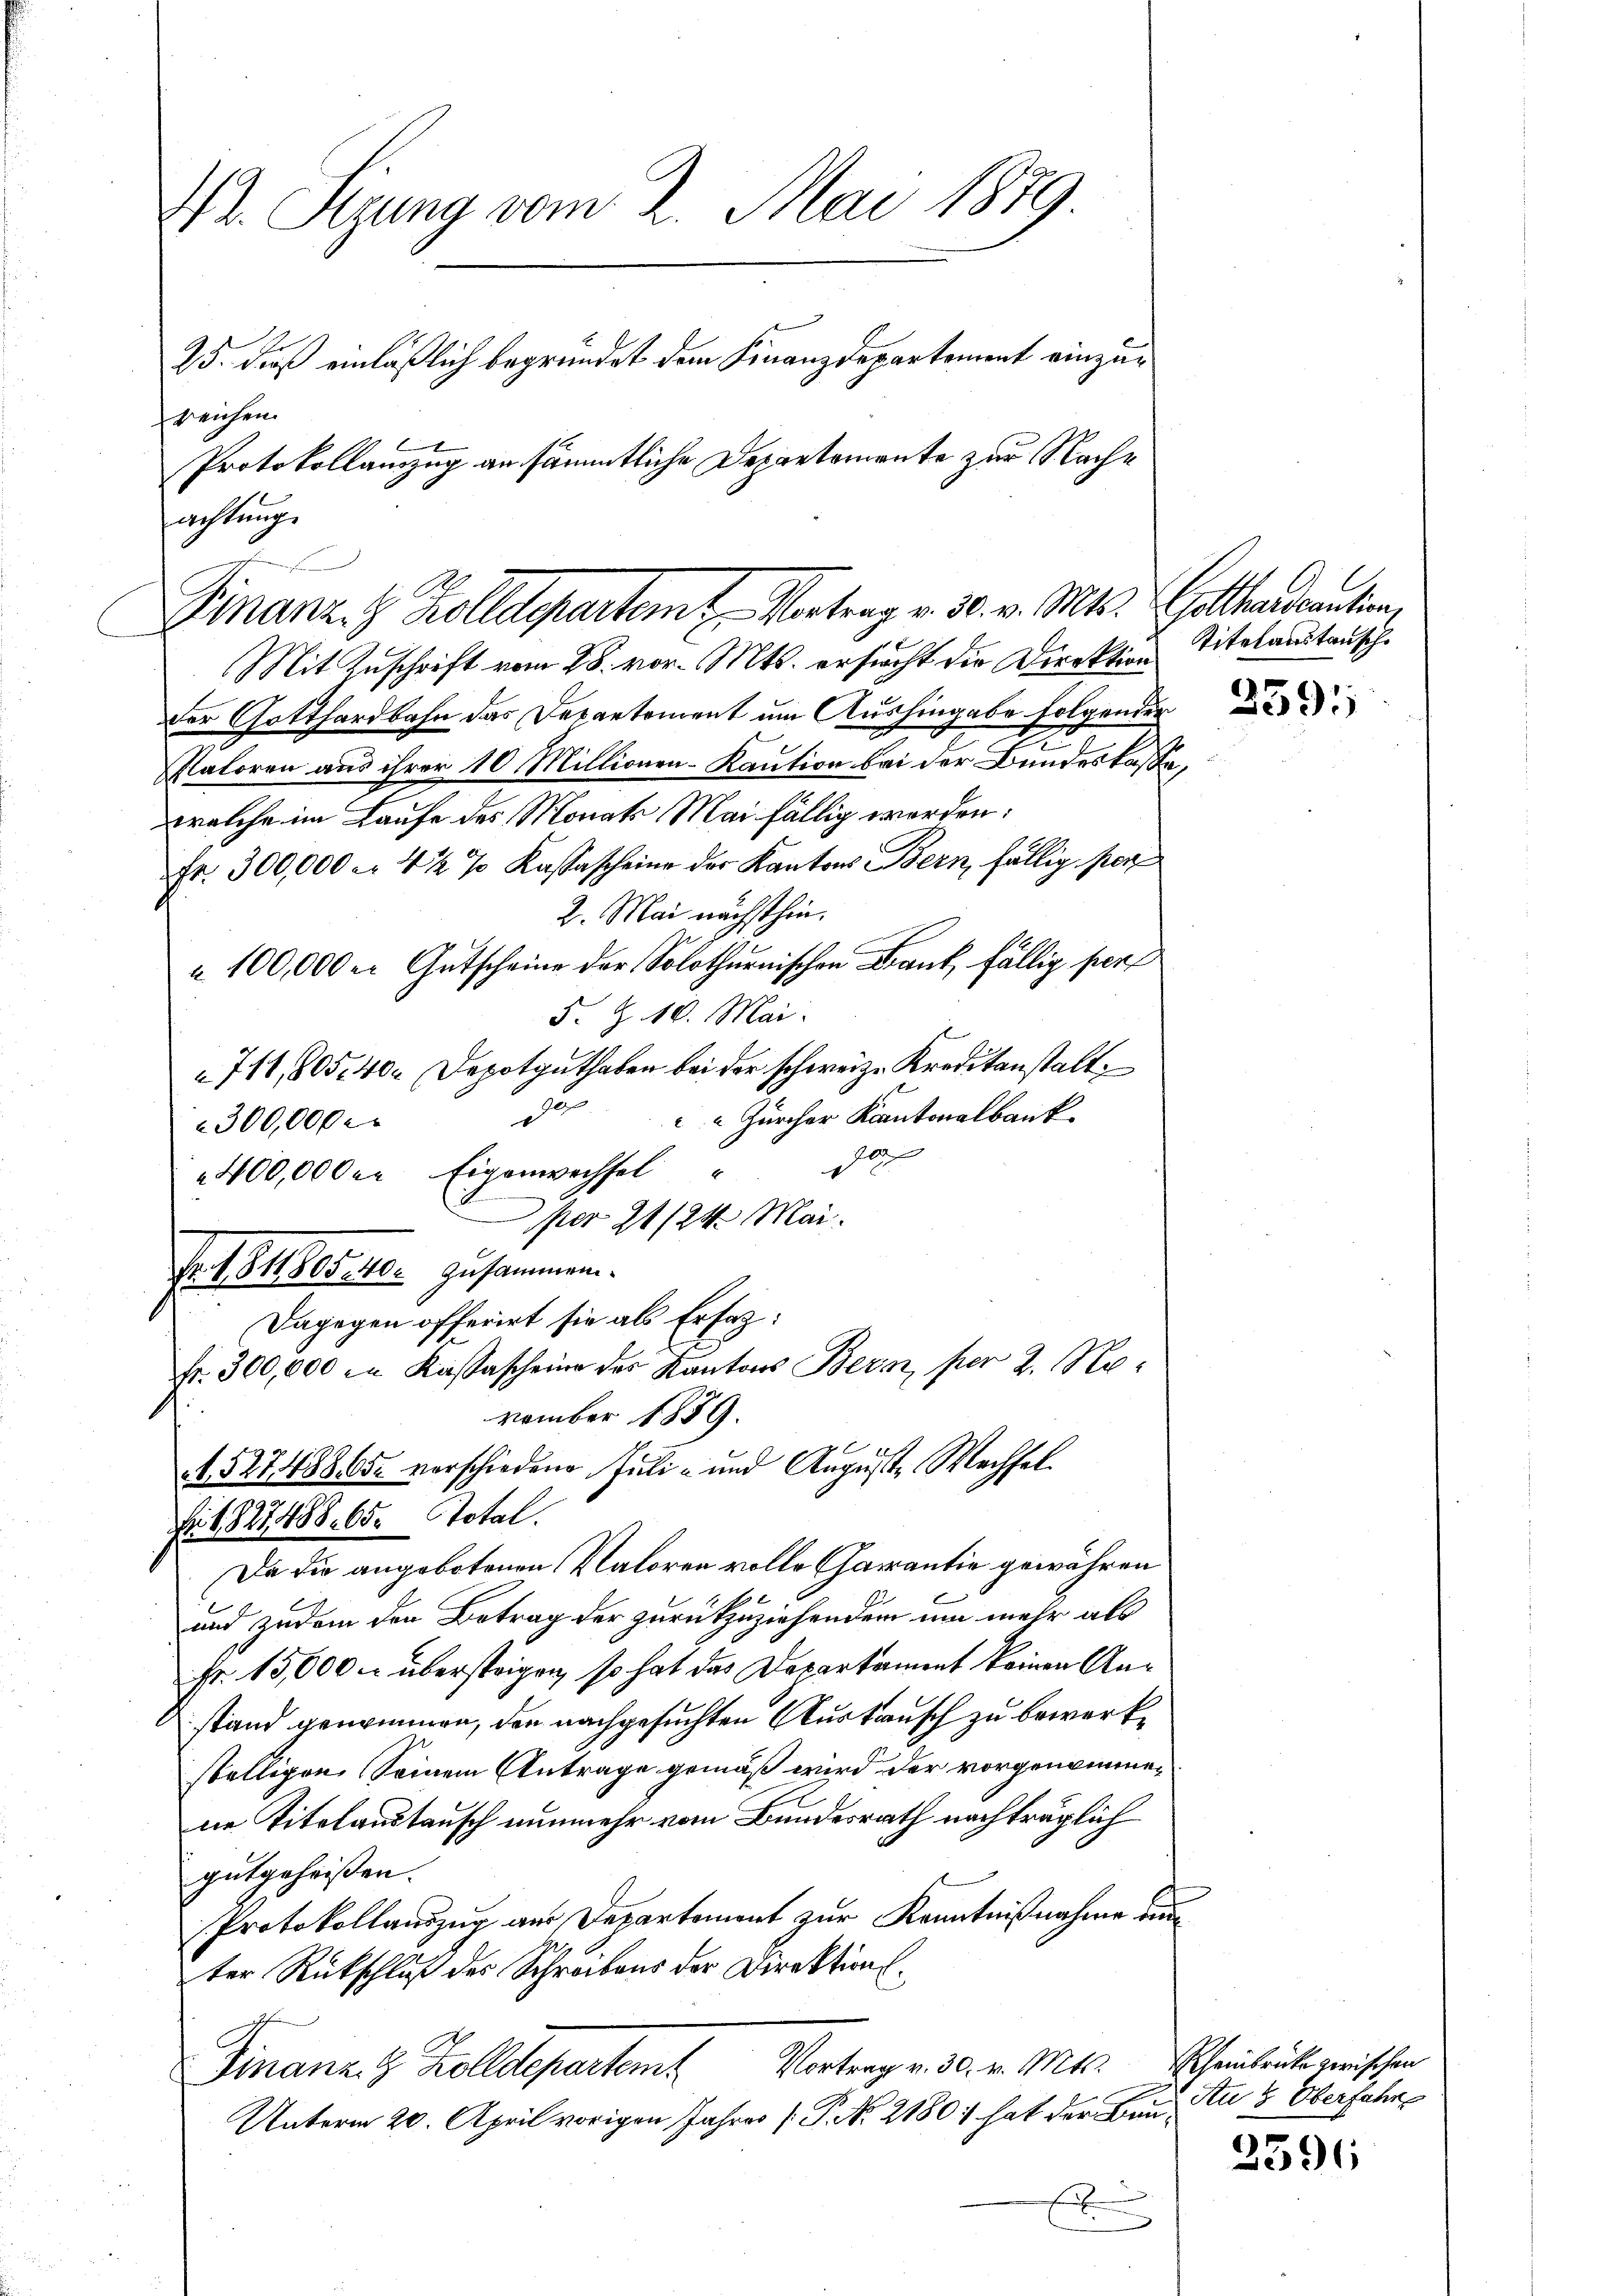
sachtungs

Dr. Sizung vom 2. Mai 1879.
25. Fuß einläßlich begründet dem Finanzdepartement einzuspeichen.
Protokollauzug an sämmtliche Departemente zur Rache

Finanz. Z. Zolldepartem Vortrag v. 30. v. Mts. Gotthardcaution

Mit Zuschrift vom 28. vor. Mts. ersucht die Direktion
der Gotthardbahn das Departement um Aushingabe folgender
Platoren aus ihrer 10 Millionen-Kaution bei der Bundeskasse,
welche im Laufe des Monats Mai fällig worden:
Fr. 300,000 f 4 ½ % Kastascheine der Kantons Bern, fällig per
2. Mai nächsthin.
à 100,000 m Gutscheine der Solothurnischen Bank, fällig pers
F. Z. 10. Mai.
714,805, 40. Depotguthaben bei der schweiz. Kreditanstalt:
u
 Zürcher Kantonalbank.
E
300,000 M
10

400,000 Eigenwechsel
per 21/24 Mai.
Fr. 1844 des 40. zusammen.
Dagegen offerirt sie als Erfaz:
fr. 300,000 in Kassascheine der Kantons Bern, per 2. November 1859.
52748865 vorschiedene Juli - und Aŭgŭst Wechsel.
Fr. 1827488. 65. Total.
Da die angebotenen Valoren volle Charantie gewähren
und zudem den Betrag der zurückzuziehendem um mehr als
Fr. 15,000 – überstrigen, so hat das Departament keinen Anstand genommen, den nachgesuchten Austausch zu bewerkstelligen Seinem Antrage gemäß wird der vorgenommen
ne Titelaustausch nunmehr vom Bundesrath nachträglich
gutgeheißen.
Protokollauszug aus Departement zur Kenntnißnahme e
ter Rückschluß des Schreibens der Direktions¬
Finanz. z. Kolldepartem Vortrag v. 30. v. Mts. Scheinleute zwischen
Unterm 20. April vorigen Jahres P. No. 2180 hat der Bun¬
E
n

Titelanstansch

259;

Au & Oberfahr

2396